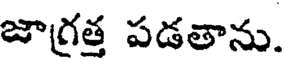
జాగ్రత్త పడతాను.